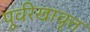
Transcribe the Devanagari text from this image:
पूर्वरेखावृत्त